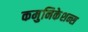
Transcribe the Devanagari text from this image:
कमुनिकेशन्स